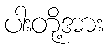
ပါးတို့အား